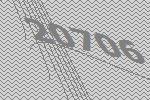
20706